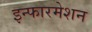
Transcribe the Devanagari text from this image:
इन्फारमेशन